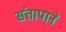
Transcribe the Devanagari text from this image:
संतापाने